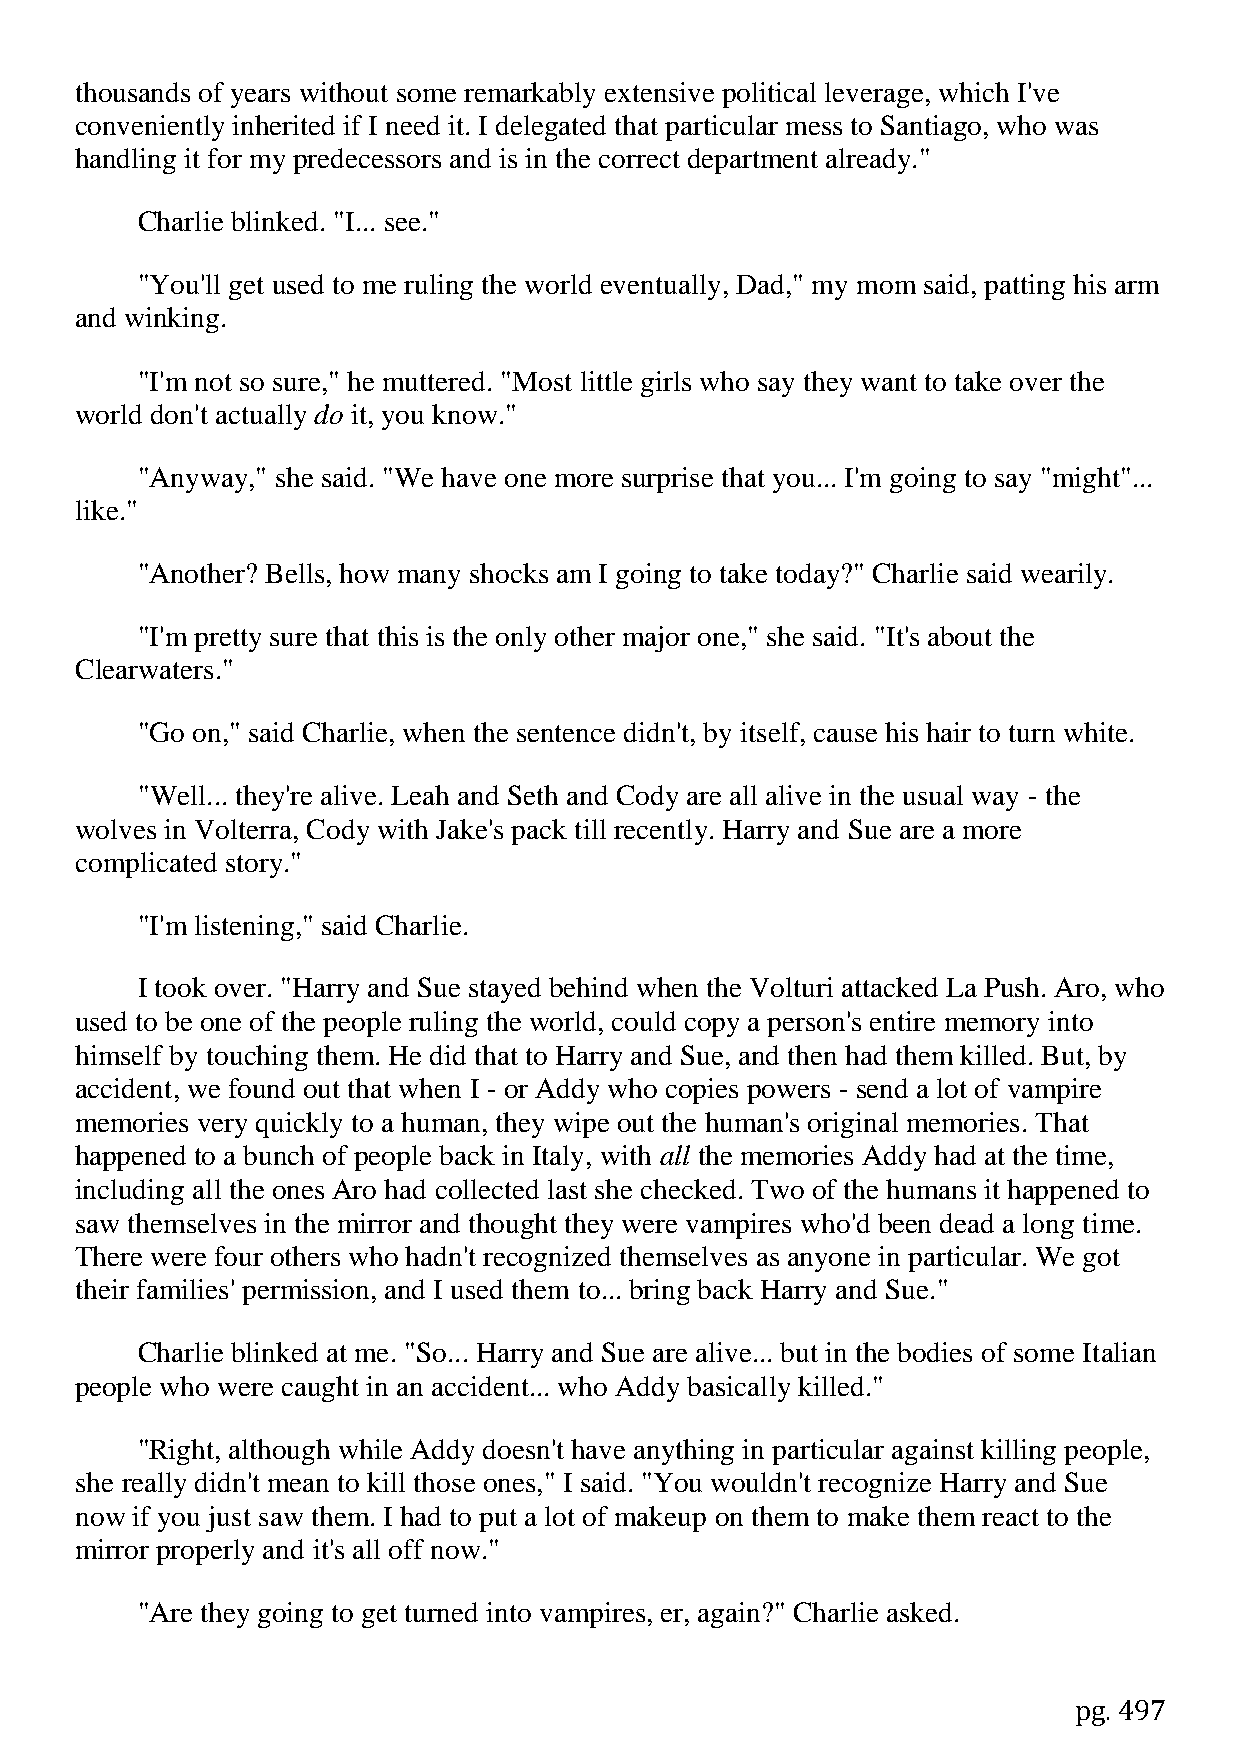
thousands of years without some remarkably extensive political leverage, which I've
 conveniently inherited if I need it. I delegated that particular mess to Santiago, who was
 handling it for my predecessors and is in the correct department already."
 Charlie blinked. "I... see."
 "You'll get used to me ruling the world eventually, Dad," my mom said, patting his arm
 and winking.
 "I'm not so sure," he muttered. "Most little girls who say they want to take over the
 world don't actually do it, you know."
 "Anyway," she said. "We have one more surprise that you... I'm going to say "might"...
 like."
 "Another? Bells, how many shocks am I going to take today?" Charlie said wearily.
 "I'm pretty sure that this is the only other major one," she said. "It's about the
 Clearwaters."
 "Go on," said Charlie, when the sentence didn't, by itself, cause his hair to turn white.
 "Well... they're alive. Leah and Seth and Cody are all alive in the usual way - the
 wolves in Volterra, Cody with Jake's pack till recently. Harry and Sue are a more
 complicated story."
 "I'm listening," said Charlie.
 I took over. "Harry and Sue stayed behind when the Volturi attacked La Push. Aro, who
 used to be one of the people ruling the world, could copy a person's entire memory into
 himself by touching them. He did that to Harry and Sue, and then had them killed. But, by
 accident, we found out that when I - or Addy who copies powers - send a lot of vampire
 memories very quickly to a human, they wipe out the human's original memories. That
 happened to a bunch of people back in Italy, with all the memories Addy had at the time,
 including all the ones Aro had collected last she checked. Two of the humans it happened to
 saw themselves in the mirror and thought they were vampires who'd been dead a long time.
 There were four others who hadn't recognized themselves as anyone in particular. We got
 their families' permission, and I used them to... bring back Harry and Sue."
 Charlie blinked at me. "So... Harry and Sue are alive... but in the bodies of some Italian
 people who were caught in an accident... who Addy basically killed."
 "Right, although while Addy doesn't have anything in particular against killing people,
 she really didn't mean to kill those ones," I said. "You wouldn't recognize Harry and Sue
 now if you just saw them. I had to put a lot of makeup on them to make them react to the
 mirror properly and it's all off now."
 "Are they going to get turned into vampires, er, again?" Charlie asked.
 pg. 497